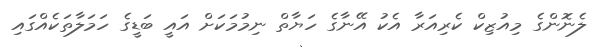
ލެނޮންގެ މިއުޒިކް ކެރިއަރާ އެކު އޭނާގެ ހަޔާތް ނިމުމަކަށް އައީ ބަޑީގެ ހަމަލާތަކެއްގައި